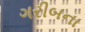
ગરીબના